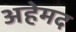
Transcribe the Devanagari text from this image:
अहेमद